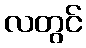
လတွင်